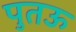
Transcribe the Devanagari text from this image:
पुतऊ